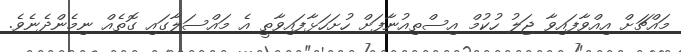
މައްޗަށް އިއްވާފައިވާ ޖަލު ހުކުމް އިސްތިއުނާފަށް ހުށަހަޅާފައިވާތީ އެ މައްސަލާގައި ގޮތެއް ނިމެންދެނެވެ.